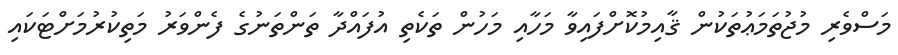
މަސްވެރި މުޖުތަމަޢުތަކުން ޤާއިމުކޮށްފައިވާ މަހާއި މަހުން ތަކެތި އުފައްދާ ތަންތަނުގެ ފެންވަރު މަތިކުރުމަށްޓަކައި